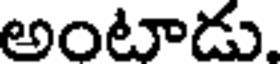
అంటాడు.